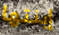
إبنتها